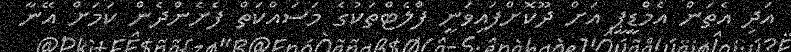
އަދި އެތަން އެމްޑީޕީ އަށް ދޫކޮށްފައިވަނީ ފްލެޓްތަކުގެ މަސައްކަތް ފެށެންދެން ކަމަށް އޭނާ